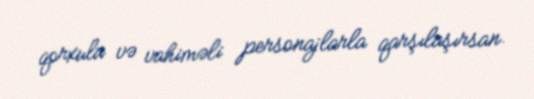
qorxulu və vahiməli personajlarla qarşılaşırsan.